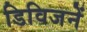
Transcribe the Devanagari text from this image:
डिविजनें